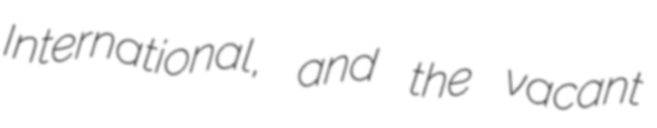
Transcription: International, and the vacant